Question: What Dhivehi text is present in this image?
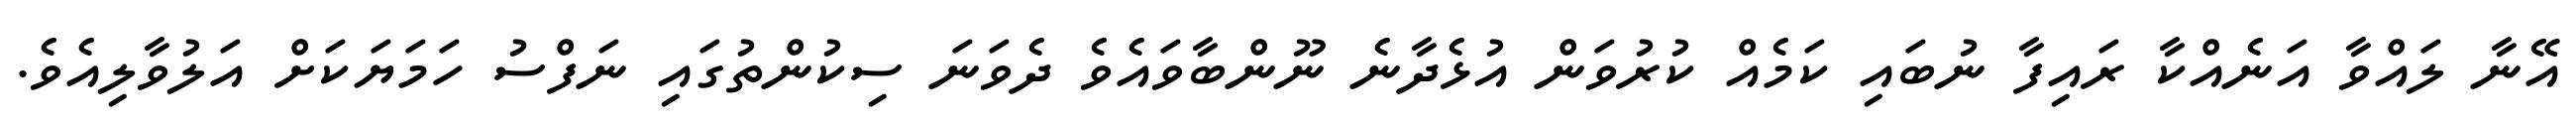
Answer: އޭނާ ލައްވާ އަނެއްކާ ރައިފާ ނުބައި ކަމެއް ކުރުވަން އުޅެދާނެ ނޫންބާވައެވެ ދެވަނަ ސިކުންތުގައި ނަފްސު ހަމަޔަކަށް އަލުވާލިއެވެ.